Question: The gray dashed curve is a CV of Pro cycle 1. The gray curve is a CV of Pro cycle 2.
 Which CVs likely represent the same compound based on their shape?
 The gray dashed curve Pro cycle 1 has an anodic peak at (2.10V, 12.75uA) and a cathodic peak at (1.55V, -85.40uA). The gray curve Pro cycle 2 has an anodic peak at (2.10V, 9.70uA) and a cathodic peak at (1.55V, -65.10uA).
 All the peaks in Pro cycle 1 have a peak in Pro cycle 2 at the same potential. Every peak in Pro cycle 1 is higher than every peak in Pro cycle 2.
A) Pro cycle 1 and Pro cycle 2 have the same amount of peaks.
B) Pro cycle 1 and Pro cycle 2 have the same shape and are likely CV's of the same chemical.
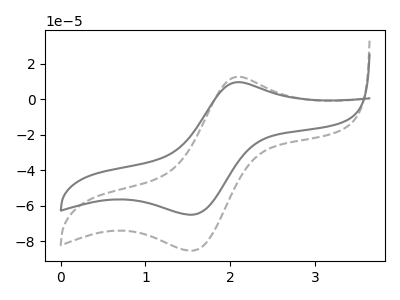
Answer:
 <answer>B) "Pro cycle 1" and "Pro cycle 2" have the same shape and are likely CV's of the same chemical.</answer>
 <eval>B</eval>